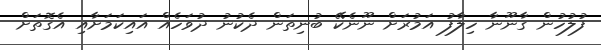
ފުލުހުން ގާނޫނާ ހިލާފު އަމުރަށް ނޫނެކޭ ބުނިތަން ދެކުނު ދުވަހެއް އައިކަމަށާއި އެގޮތަށް